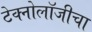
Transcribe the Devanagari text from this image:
टेक्नोलॉजीचा